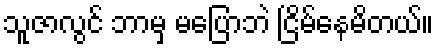
သူဇာလွင် ဘာမှ မပြောဘဲ ငြိမ်နေမိတယ်။